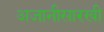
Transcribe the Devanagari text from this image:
अजानीसारखी